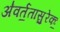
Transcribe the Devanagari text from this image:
अ॑वर्त॒तासु॒रेकः॒